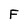
Character: F